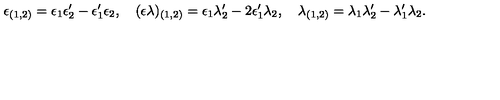
\epsilon _ { ( 1 , 2 ) } = \epsilon _ { 1 } \epsilon _ { 2 } ^ { \prime } - \epsilon _ { 1 } ^ { \prime } \epsilon _ { 2 } , \quad ( \epsilon \lambda ) _ { ( 1 , 2 ) } = \epsilon _ { 1 } \lambda _ { 2 } ^ { \prime } - 2 \epsilon _ { 1 } ^ { \prime } \lambda _ { 2 } , \quad \lambda _ { ( 1 , 2 ) } = \lambda _ { 1 } \lambda _ { 2 } ^ { \prime } - \lambda _ { 1 } ^ { \prime } \lambda _ { 2 } .